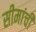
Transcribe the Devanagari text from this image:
सीमांची